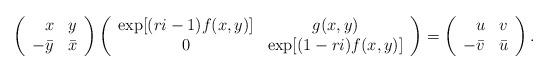
LaTeX: \begin{align*} \left( \begin{array}{rr} x & y \\- \bar{y} & \bar{x} \end{array} \right) \left( \begin{array}{cc} \exp [(r i-1) f(x,y)] & g(x,y) \\0 & \exp [(1- r i) f(x,y)] \end{array} \right) = \left( \begin{array}{rr} u & v \\- \bar{v} & \bar{u} \end{array} \right). \end{align*}